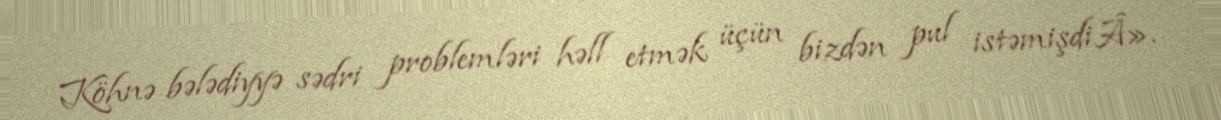
Köhnə bələdiyyə sədri problemləri həll etmək üçün bizdən pul istəmişdiÂ».